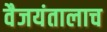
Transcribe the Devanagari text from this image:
वैजयंतालाच